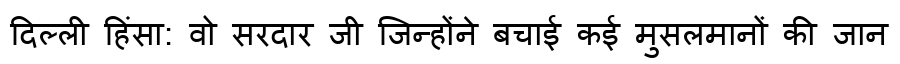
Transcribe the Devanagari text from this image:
दिल्ली हिंसा: वो सरदार जी जिन्होंने बचाई कई मुसलमानों की जान